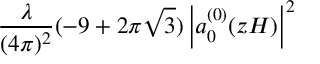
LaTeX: \frac { \lambda } { ( 4 \pi ) ^ { 2 } } ( - 9 + 2 \pi \sqrt { 3 } ) \left| a _ { 0 } ^ { ( 0 ) } ( z H ) \right| ^ { 2 }